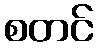
စတင်